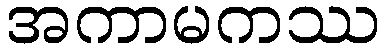
အကာမကဿ